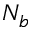
N _ { b }